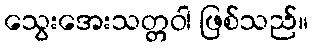
သွေးအေးသတ္တဝါ ဖြစ်သည်။